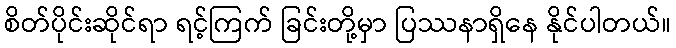
စိတ်ပိုင်းဆိုင်ရာ ရင့်ကြက် ခြင်းတို့မှာ ပြဿနာရှိနေ နိုင်ပါတယ်။